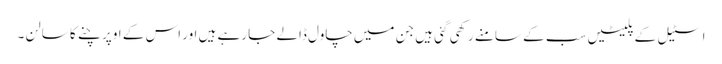
اسٹیل کے پلیٹیں سب کے سامنے رکھی گئی ہیں جن میں چاول ڈالے جا رہے ہیں اور اس کے اوپر چنے کا سالن ۔